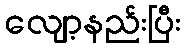
လျော့နည်းပြီး